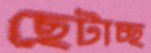
ছেটাচ্ছ